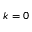
k = 0